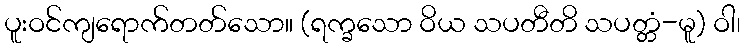
ပူးဝင်ကျရောက်တတ်သော။ (ရက္ခသော ဝိယ သပတီတိ သပတ္တံ-မူ) ဝါ၊